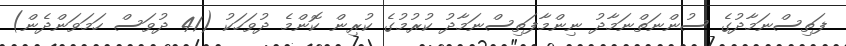
ފަތިސްނަމާދުގެ ސުންނަތްނަމާދު ނިންމާފަތިސްނަމާދު ކުރުމުގެ ކުރިން ކޮންމެ ދުވަހަކު (41 ދުވަސް ހަމަވަންދެން)